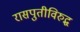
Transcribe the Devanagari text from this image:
रासपुतीविरुद्ध